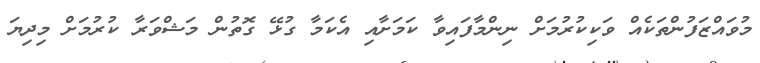
މުވައްޒަފުންތަކެއް ވަކިކުރުމަށް ނިންމާފައިވާ ކަމަށާއި އެކަމާ ގުޅޭ ގޮތުން މަޝްވަރާ ކުރުމަށް މިދިޔަ